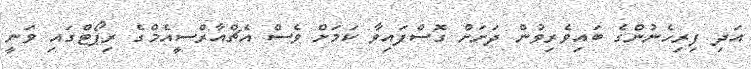
އަދި ފިރިހެނުންގެ ބައިވެރިވުން ދަށަށް ގޮސްފައިވާ ކަމަށް ވެސް އެޗްއާރްސީއެމްގެ ރިޕޯޓްގައި ވަނީ